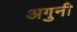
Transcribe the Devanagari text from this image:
अगुनी